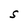
Character: S